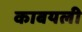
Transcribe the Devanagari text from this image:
काबयली